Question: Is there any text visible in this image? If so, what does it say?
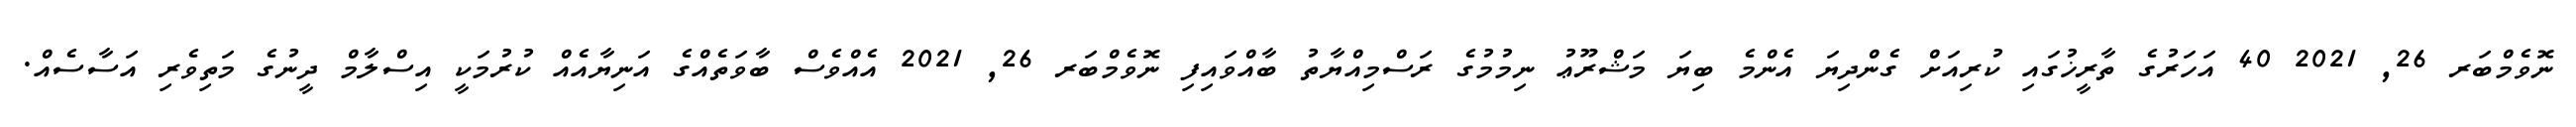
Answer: ނޮވެމްބަރ 26, 2021 40 އަހަރުގެ ތާރީޚުގައި ކުރިއަށް ގެންދިޔަ އެންމެ ބިޔަ މަޝްރޫޢު ނިމުމުގެ ރަސްމިއްޔާތު ބާއްވައިފި ނޮވެމްބަރ 26, 2021 އެއްވެސް ބާވަތެއްގެ އަނިޔާއެއް ކުރުމަކީ އިސްލާމް ދީނުގެ މަތިވެރި އަސާސެއް.